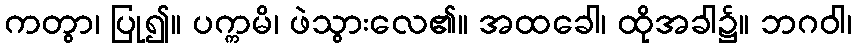
ကတွာ၊ ပြု၍။ ပက္ကမိ၊ ဖဲသွားလေ၏။ အထခေါ၊ ထိုအခါ၌။ ဘဂဝါ၊